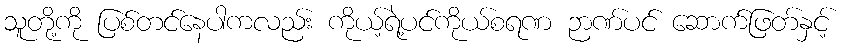
သူတို့ကို ပြစ်တင်နေပါကလည်း ကိုယ့်ရဲ့ပင်ကိုယ်စရဏ ဉာဏ်ပင် ဆောက်ဖြတ်နှင့်